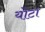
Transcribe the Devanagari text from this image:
योटा